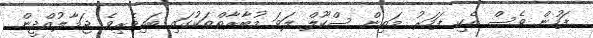
ފަހުން ވެސް އެކި ފަހަރު މަތިން ސްކޫލް ލަވަ މުބާރާތްތަކުގައި ބައިވެރިވެ ޖަމާލުއްދީން